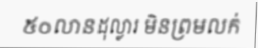
៥០លានដុល្លារ មិនព្រមលក់